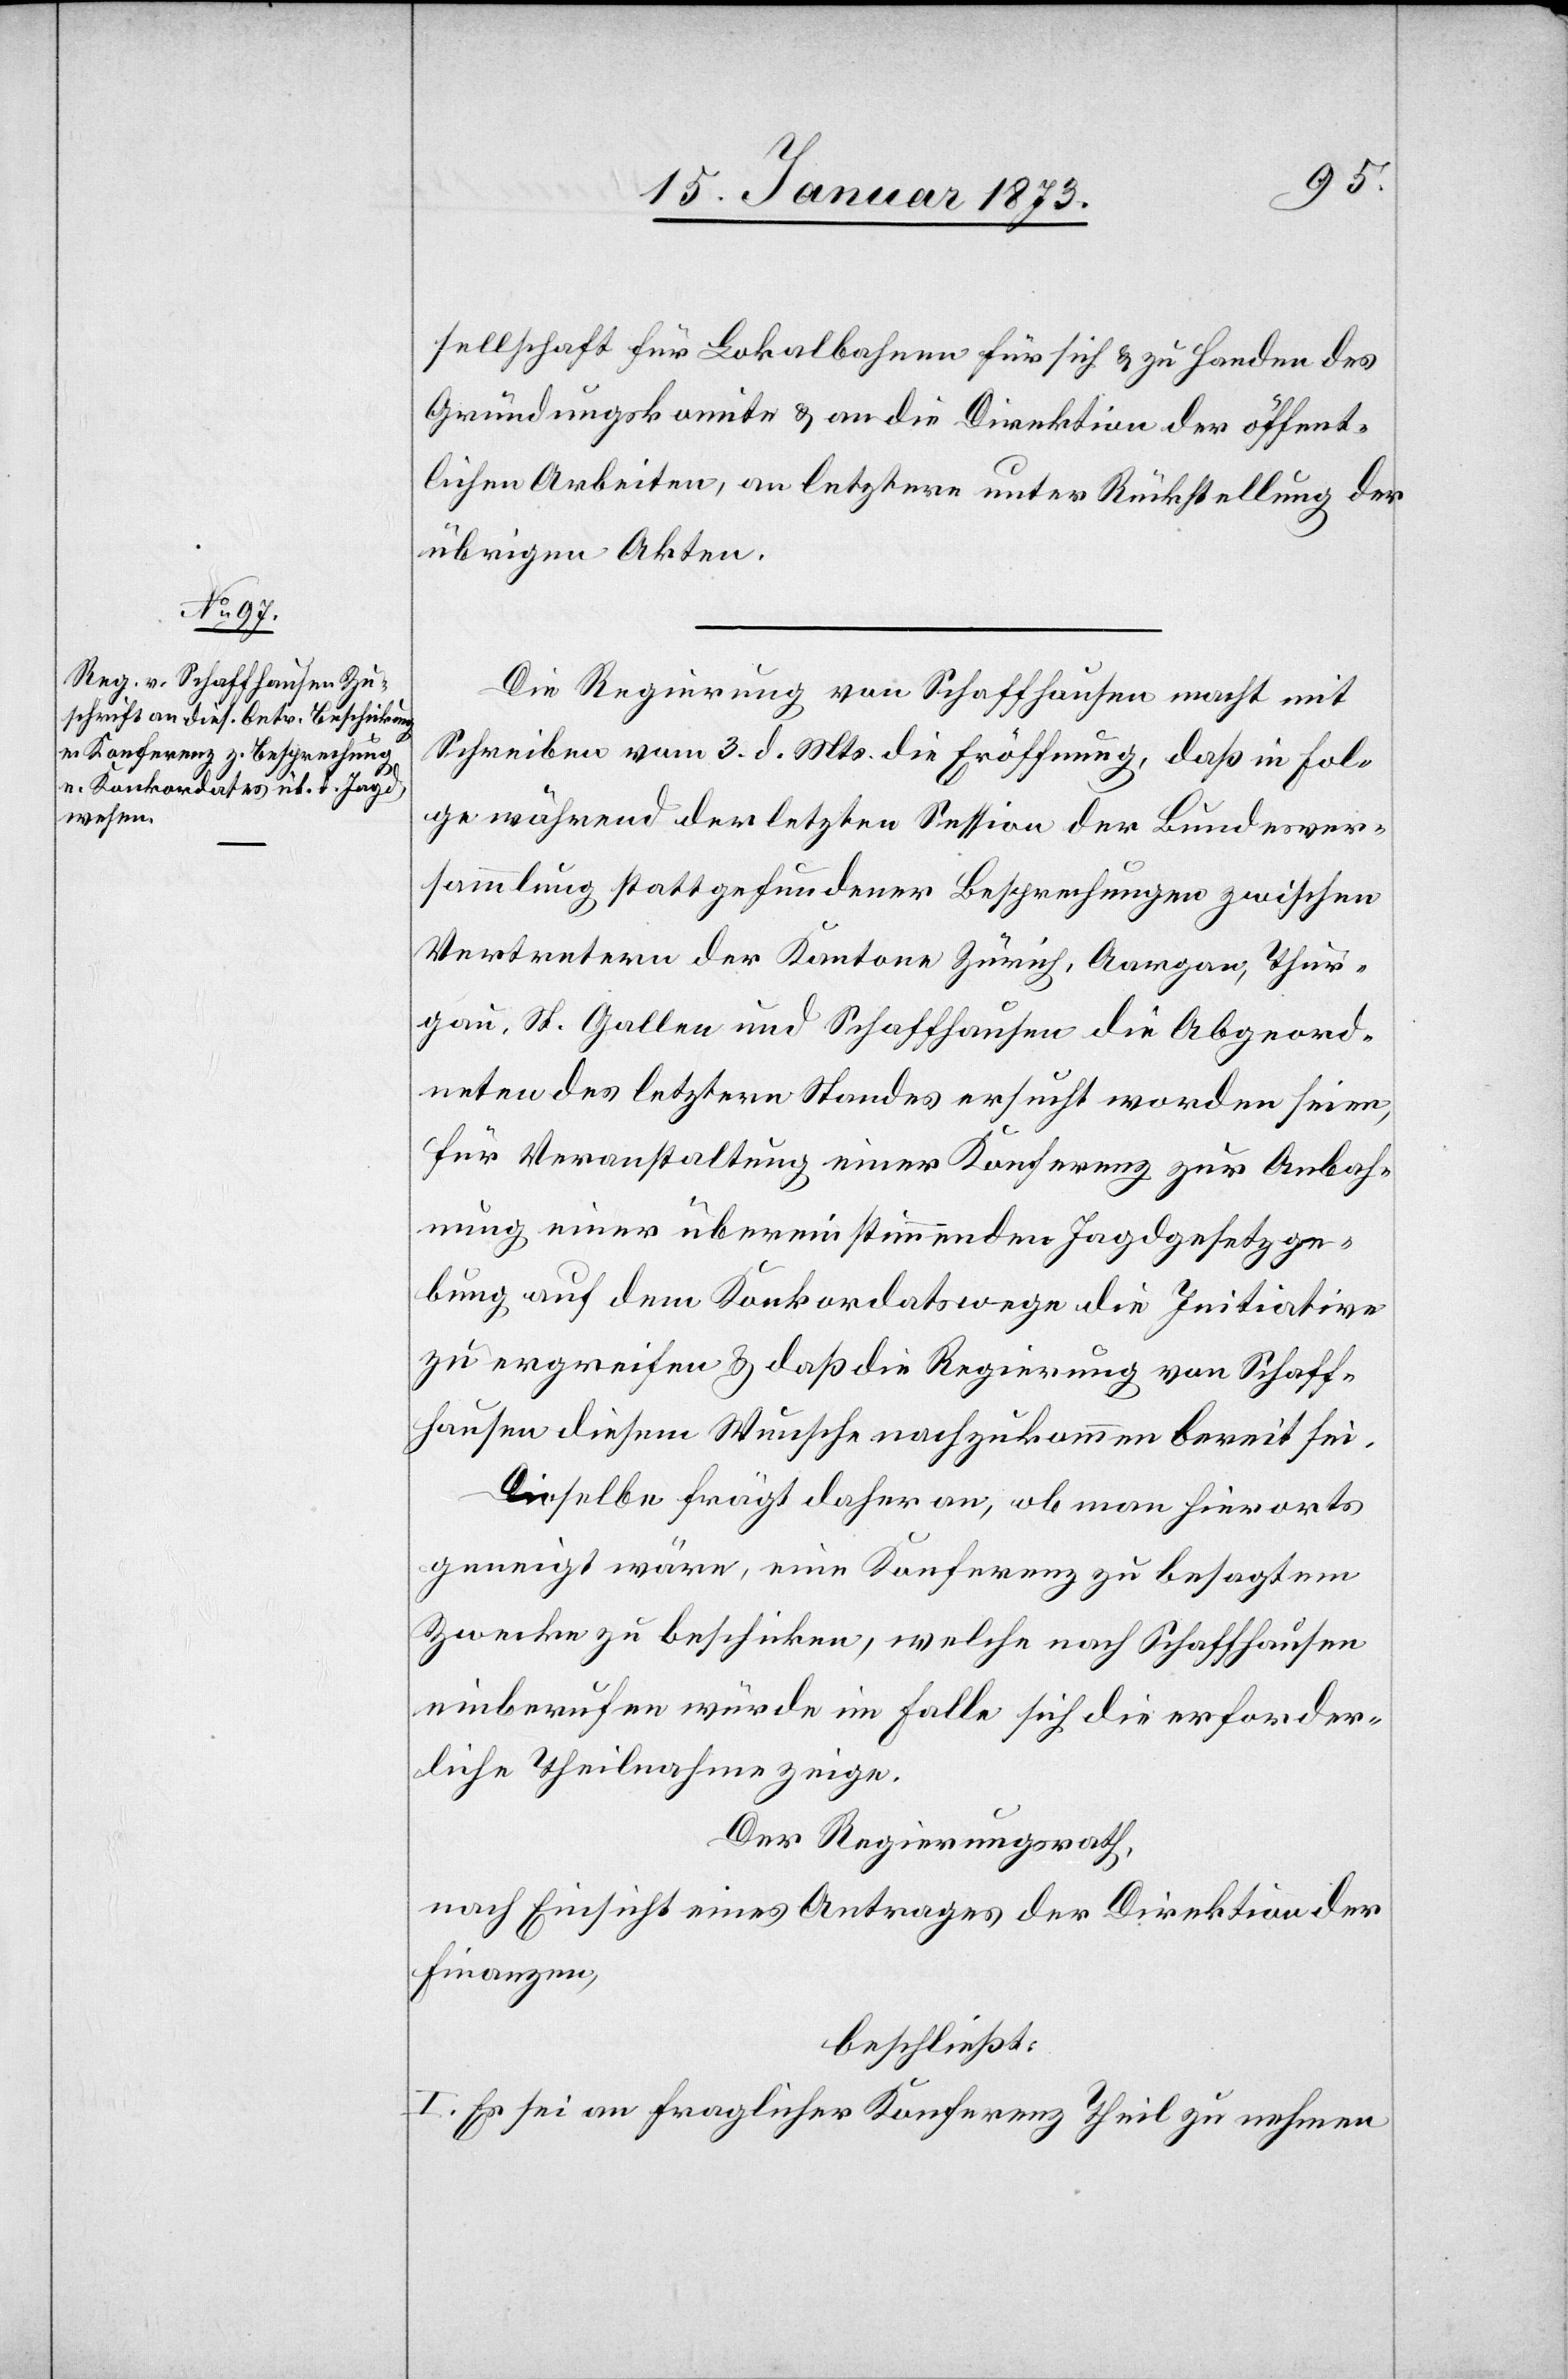
sellschaft für Lokalbahnen für sich u. zu Handen des
Gründungskomite u. an die Direktion der öffent¬
lichen Arbeiten, an letztere unter Rückstellung der
übrigen Akten.
Die Regierung von Schaffhausen macht mit
Schreiben vom 3. d. Mts. die Eröffnung, daß in Fol¬
ge während der letzten Session der Bundesver¬
sammlung stattgefundener Besprechungen zwischen
Vertretern der Kantone Zürich, Aargau, Thur¬
gau, St. Gallen und Schaffhausen die Abgeord¬
neten des letztern Standes ersucht worden seien,
für Veranstaltung einer Konferenz zur Anbah¬
nung einer übereinstimmenden Jagdgesetzge¬
bung auf dem Konkordatswege die Initiative
zu ergreifen u. daß die Regierung von Schaff¬
hausen diesem Wunsche nachzukommen bereit sei.
Dieselbe frägt daher an, ob man hierorts
geneigt wäre, eine Konferenz zu besagtem
Zwecke zu beschicken, welche nach Schaffhausen
einberufen würde im Falle sich die erforder¬
liche Theilnahme zeige.
Der Regierungsrath,
nach Einsicht eines Antrages der Direktion der
Finanzen,
beschließt:
I. Es sei an fraglicher Konferenz Theil zu nehmen